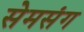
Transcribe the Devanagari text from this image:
सेमसंग